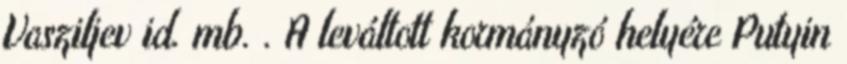
Vasziljev id. mb. . A leváltott kormányzó helyére Putyin